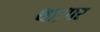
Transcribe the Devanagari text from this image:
था।पर